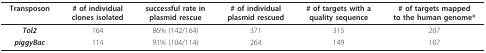
| Transposon | # of individualclones isolated | successful rate inplasmid rescue | # of individualplasmid rescued | # of targets with aquality sequence | # of targets mappedto the human genome* |
 | --- | --- | --- | --- | --- | --- |
 | Tol2 | 164 | 86% (142/164) | 371 | 315 | 207 |
 | piggyBac | 114 | 91% (104/114) | 264 | 149 | 107 |